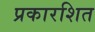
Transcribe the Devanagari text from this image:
प्रकारशित